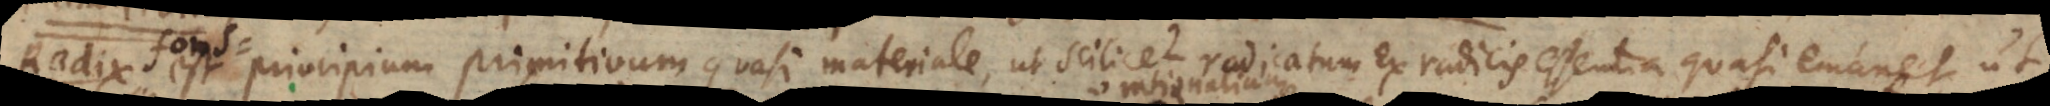
est principium primitivum quasi materiale, ut scilicet radicatum ex radicis essentia quasi emanet, ut